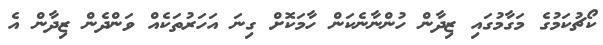
ކޯޗުކަމުގެ މަގާމުގައި ޒިދާން ހުންނާނެކަން ހާމަކޮށް ގިނަ އަހަރުތަކެއް ވަންދެން ޒިދާން އެ